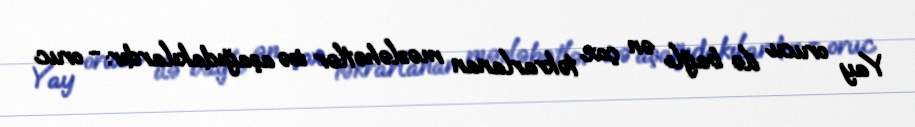
Yay orucu ilə bağlı ən çox təkrarlanan məsləhətlər isə aşağıdakılardır: - oruc